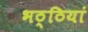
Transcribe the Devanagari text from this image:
भठ्ठियां